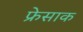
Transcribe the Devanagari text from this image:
फ्रेसाक